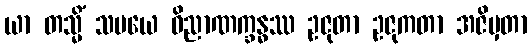
ယာ တသ္မိံ သမယေ ဝိညာဏက္ခန္ဓဿ ဥဇုတာ ဥဇုကတာ အဇိမှတာ